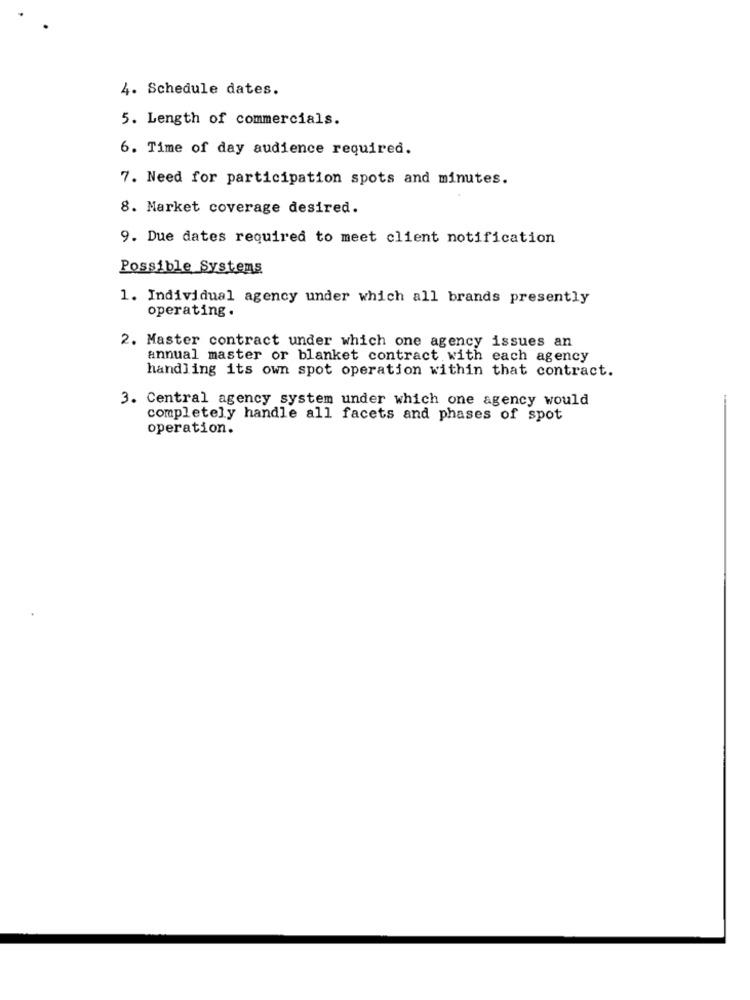
4. Schedule dates.
5. Length of commercials.
6. Time of day audience required.
7. Need for participation spots and minutes.
8. Market coverage desired.
9. Due dates required to meet client notification
Possible Systems
1. Individual agency under which all brands presently
operating.
2. Master contract under which one agency issues an
annual master or blanket contract with each agency
handling its own spot operation within that contract.
3. Central agency system under which one agency would
completely handle all facets and phases of spot
operation.